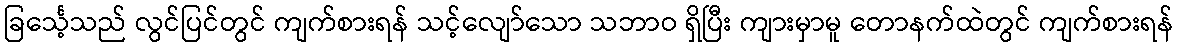
ခြင်္သေ့သည် လွင်ပြင်တွင် ကျက်စားရန် သင့်လျော်သော သဘာဝ ရှိပြီး ကျားမှာမူ တောနက်ထဲတွင် ကျက်စားရန်